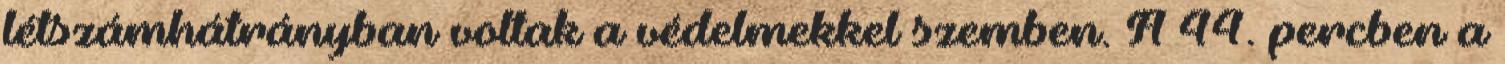
létszámhátrányban voltak a védelmekkel szemben. A 44. percben a